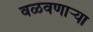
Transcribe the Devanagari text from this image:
वळवणाऱ्या